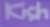
kich